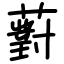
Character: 薱